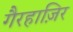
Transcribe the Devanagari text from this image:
गैरहाज़िर